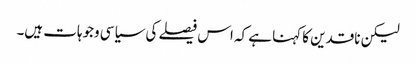
لیکن ناقدین کا کہنا ہے کہ اس فیصلے کی سیاسی وجوہات ہیں۔